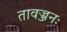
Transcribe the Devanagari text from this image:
तावज्जनः